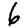
Digit: 6